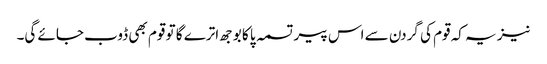
نیز یہ کہ قوم کی گردن سے اس پیر تسمہ پا کا بوجھ اترے گا تو قوم بھی ڈوب جائے گی۔